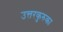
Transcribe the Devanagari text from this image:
उत्तरकुरुका